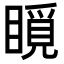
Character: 𥊋